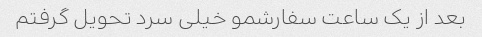
بعد از یک ساعت سفارشمو خیلی سرد تحویل گرفتم